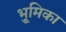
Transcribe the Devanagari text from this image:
भूुमिका